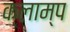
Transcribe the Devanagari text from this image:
क्लाम्प